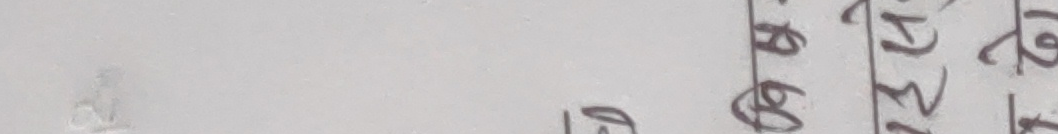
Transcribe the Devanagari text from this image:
१ ८
५ २
७ ४
९ २